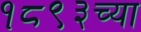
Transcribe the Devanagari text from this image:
१८९३च्या